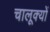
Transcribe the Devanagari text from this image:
चालूक्यों